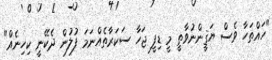
"ހައްތަހާ ވެސް ޔަޤީންނުވާތީ މީ ޑިފީ ޖަހާ ސަކަރާތެއްނަމަ ފުލުން ދެކޭނީ ކިހިނެއް"